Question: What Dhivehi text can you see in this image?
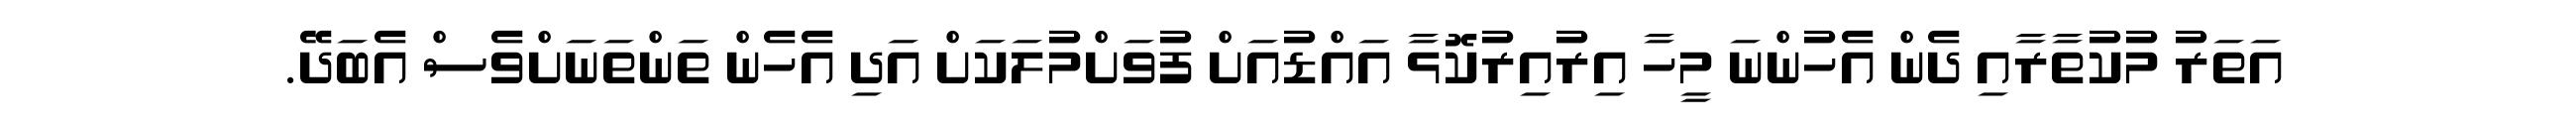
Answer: އަތަރު މުކުތާރާއި ދެން އެހުންނަ މީހާ އިރުއިރުކޮޅާ އައްޑުއަށް ފުވަށްމުލަކަށް އަދި އެހެން ތަންތަނަށްވެސް އެބަދޭ.